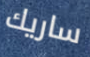
ساريك